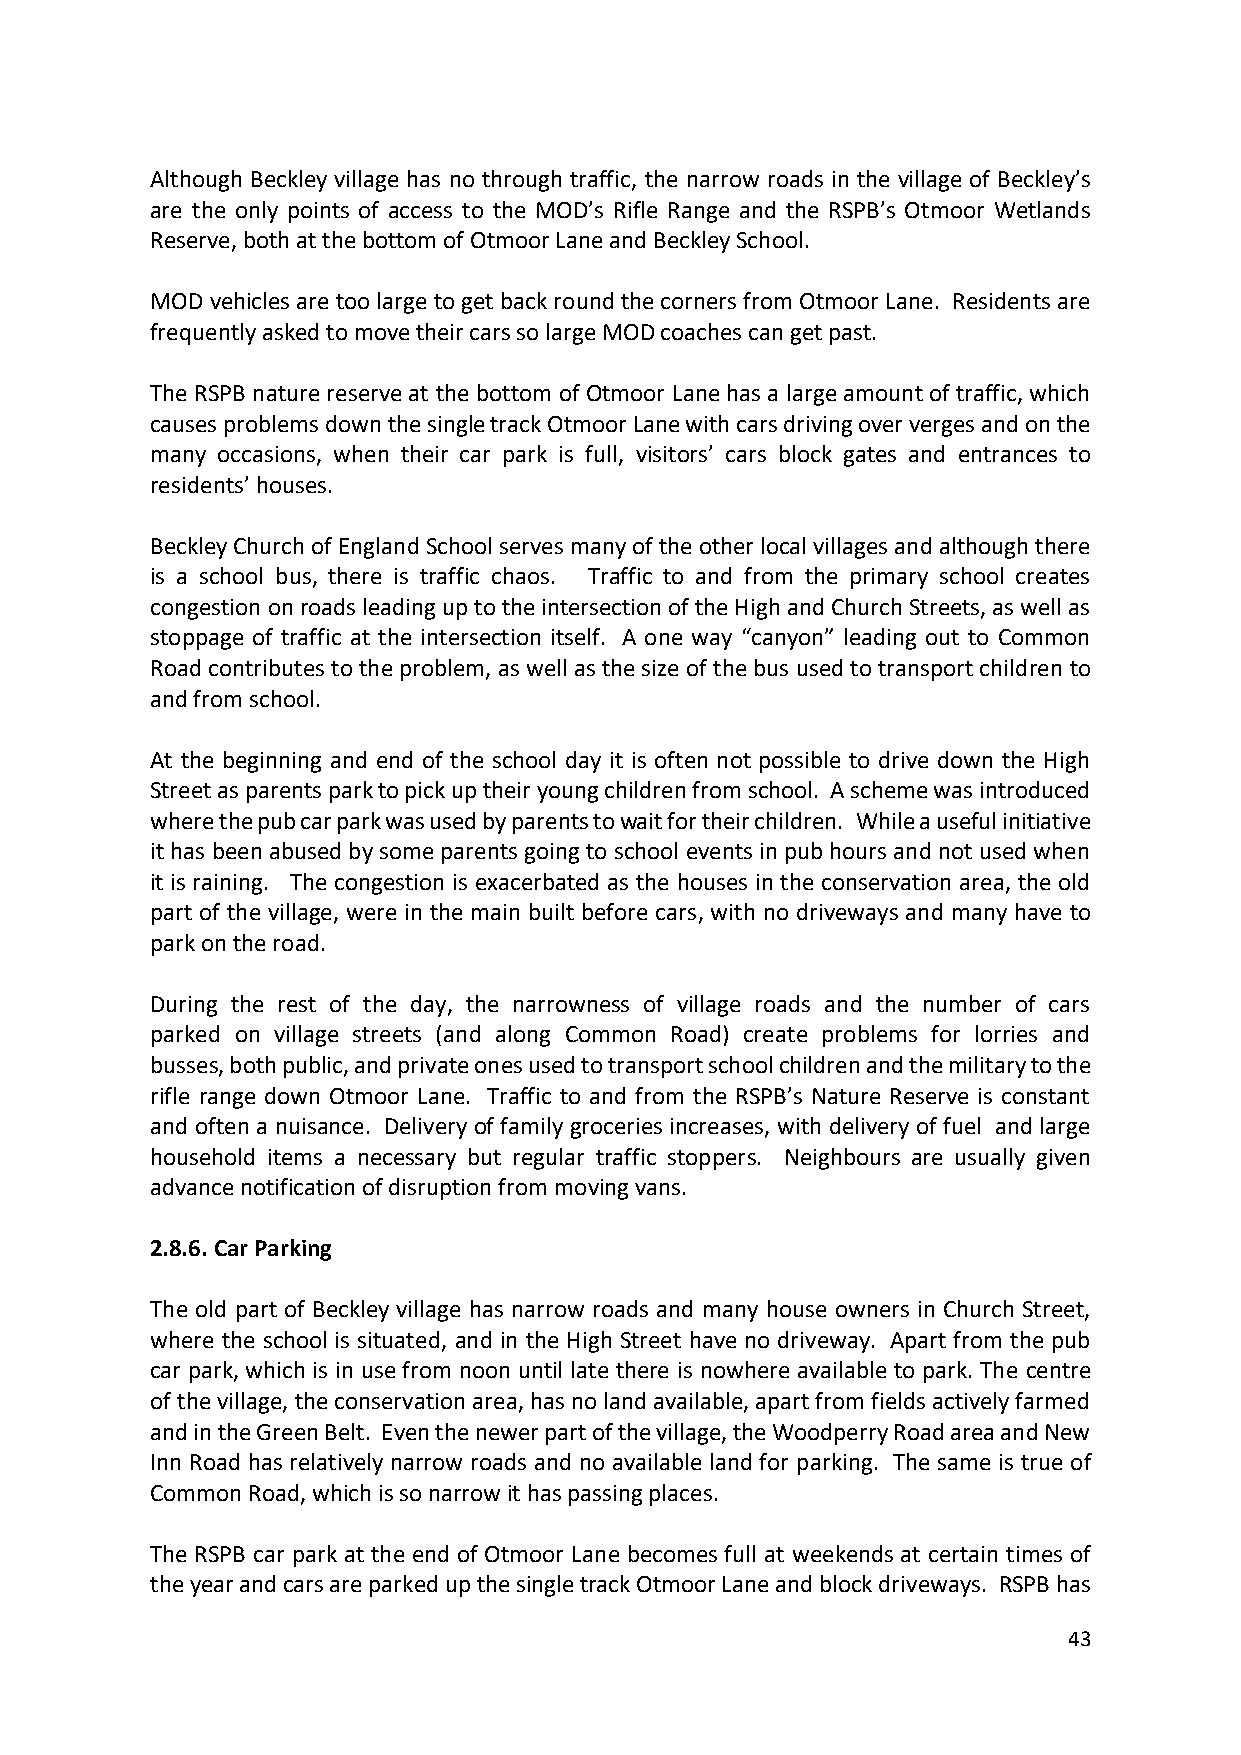
Although Beckley village has no through traffic, the narrow roads in the village of Beckley’s
 are the only points of access to the MOD’s Rifle Range and the RSPB’s Otmoor Wetlands
 Reserve, both at the bottom of Otmoor Lane and Beckley School.
 MOD vehicles are too large to get back round the corners from Otmoor Lane. Residents are
 frequently asked to move their cars so large MOD coaches can get past.
 The RSPB nature reserve at the bottom of Otmoor Lane has a large amount of traffic, which
 causes problems down the single track Otmoor Lane with cars driving over verges and on the
 many occasions, when their car park is full, visitors’ cars block gates and entrances to
 residents’ houses.
 Beckley Church of England School serves many of the other local villages and although there
 is a school bus, there is traffic chaos. Traffic to and from the primary school creates
 congestion on roads leading up to the intersection of the High and Church Streets, as well as
 stoppage of traffic at the intersection itself. A one way “canyon” leading out to Common
 Road contributes to the problem, as well as the size of the bus used to transport children to
 and from school.
 At the beginning and end of the school day it is often not possible to drive down the High
 Street as parents park to pick up their young children from school. A scheme was introduced
 where the pub car park was used by parents to wait for their children. While a useful initiative
 it has been abused by some parents going to school events in pub hours and not used when
 it is raining. The congestion is exacerbated as the houses in the conservation area, the old
 part of the village, were in the main built before cars, with no driveways and many have to
 park on the road.
 During the rest of the day, the narrowness of village roads and the number of cars
 parked on village streets (and along Common Road) create problems for lorries and
 busses, both public, and private ones used to transport school children and the military to the
 rifle range down Otmoor Lane. Traffic to and from the RSPB’s Nature Reserve is constant
 and often a nuisance. Delivery of family groceries increases, with delivery of fuel and large
 household items a necessary but regular traffic stoppers. Neighbours are usually given
 advance notification of disruption from moving vans.
 2.8.6. Car Parking
 The old part of Beckley village has narrow roads and many house owners in Church Street,
 where the school is situated, and in the High Street have no driveway. Apart from the pub
 car park, which is in use from noon until late there is nowhere available to park. The centre
 of the village, the conservation area, has no land available, apart from fields actively farmed
 and in the Green Belt. Even the newer part of the village, the Woodperry Road area and New
 Inn Road has relatively narrow roads and no available land for parking. The same is true of
 Common Road, which is so narrow it has passing places.
 The RSPB car park at the end of Otmoor Lane becomes full at weekends at certain times of
 the year and cars are parked up the single track Otmoor Lane and block driveways. RSPB has
 43